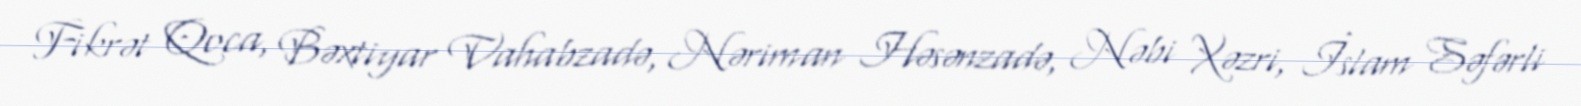
Fikrət Qoca, Bəxtiyar Vahabzadə, Nəriman Həsənzadə, Nəbi Xəzri, İslam Səfərli